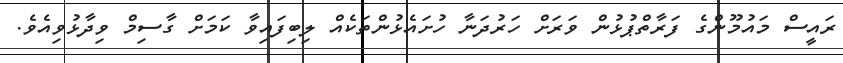
ރައީސް މައުމޫންގެ ފަރާތްޕުޅުން ވަރަށް ހަރުދަނާ ހުށައެޅުންތަކެއް ލިބިފައިވާ ކަމަށް ގާސިމް ވިދާޅުވިއެވެ.